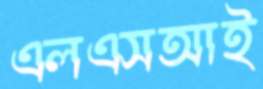
এলএসআই